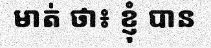
មាត់ ថា៖ ខ្ញុំ បាន